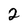
Character: 2